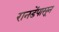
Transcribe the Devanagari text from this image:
रानडेंपासून